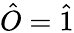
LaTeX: \hat{O}=\hat{1}